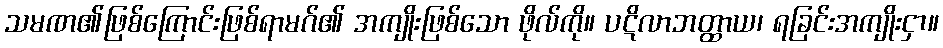
သမဏ၏ဖြစ်ကြောင်းဖြစ်ရာမဂ်၏ အကျိုးဖြစ်သော ဖိုလ်ကို။ ပဋိလာဘတ္ထာယ၊ ရခြင်းအကျိုးငှာ။